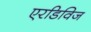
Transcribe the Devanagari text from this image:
एरडिविज